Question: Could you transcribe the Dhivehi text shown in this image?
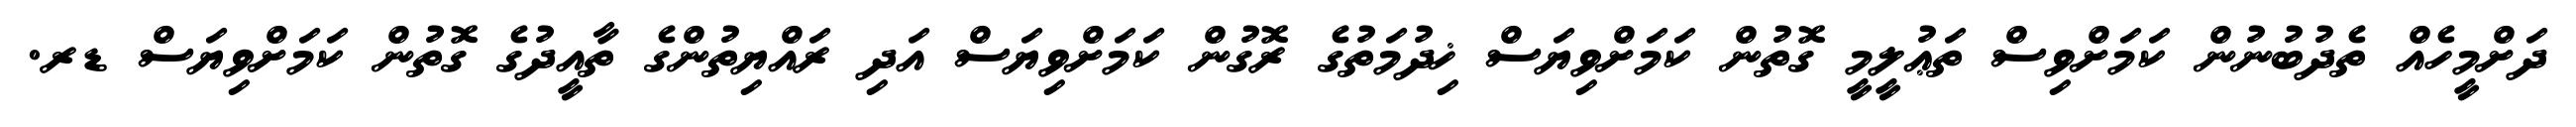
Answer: ދަށްމީހެއް ތެދުބުނުން ކަމަށްވިސް ތަޢުލީމީ ގޮތުން ކަމަށްވިޔަސް ޚިދުމަތުގެ ރޮގުން ކަމަށްވިޔަސް އަދި ރައްޔިތުންގެ ތާއީދުގެ ގޮތުން ކަމަށްވިޔަސް ޑރ.